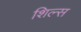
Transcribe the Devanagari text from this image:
शिल्स